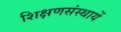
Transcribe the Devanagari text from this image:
शिक्षणसंस्थायें